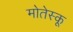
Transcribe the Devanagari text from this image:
मोतेस्कू